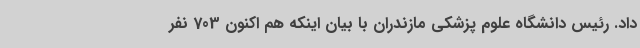
داد. رئیس دانشگاه علوم پزشکی مازندران با بیان اینکه هم اکنون 703 نفر